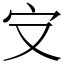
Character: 㝊